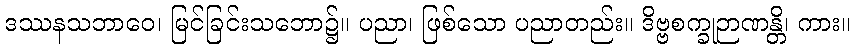
ဒဿနသဘာဝေ၊ မြင်ခြင်းသဘော၌။ ပညာ၊ ဖြစ်သော ပညာတည်း။ ဒိဗ္ဗစက္ခုဉာဏန္တိ၊ ကား။